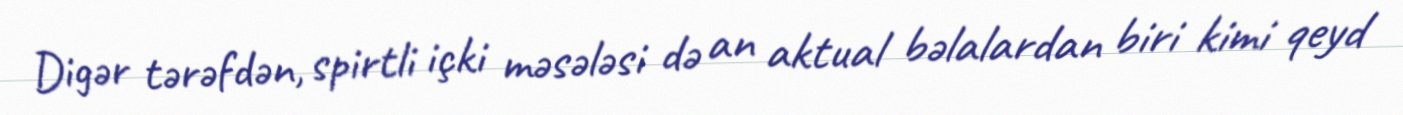
Digər tərəfdən, spirtli içki məsələsi də an aktual bəlalardan biri kimi qeyd